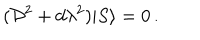
LaTeX: ( { \cal D } ^ { 2 } + d \lambda ^ { 2 } ) | S \rangle = 0 \, .